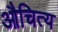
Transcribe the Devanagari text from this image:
औचित्‍य